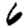
Digit: 6